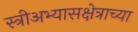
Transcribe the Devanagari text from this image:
स्त्रीअभ्यासक्षेत्राच्या